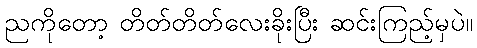
ညကိုတော့ တိတ်တိတ်လေးခိုးပြီး ဆင်းကြည့်မှပဲ။